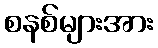
စနစ်များအား